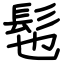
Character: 髢